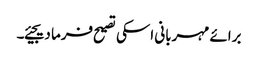
برائے مہربانی اسکی تصیح فرما دیجیئے۔